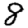
Digit: 8